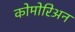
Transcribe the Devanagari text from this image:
कोमोरिअन